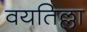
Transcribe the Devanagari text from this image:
वयतिल्ला